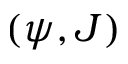
\left( \psi , J \right)